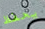
يحفظ